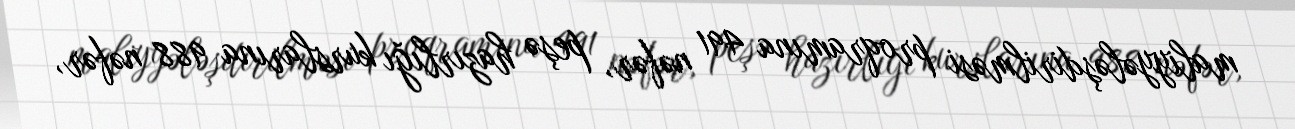
maliyyələşdirilməsi proqramına 491 nəfər, peşə hazırlığı kurslarına 988 nəfər,